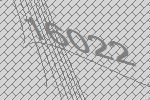
16022